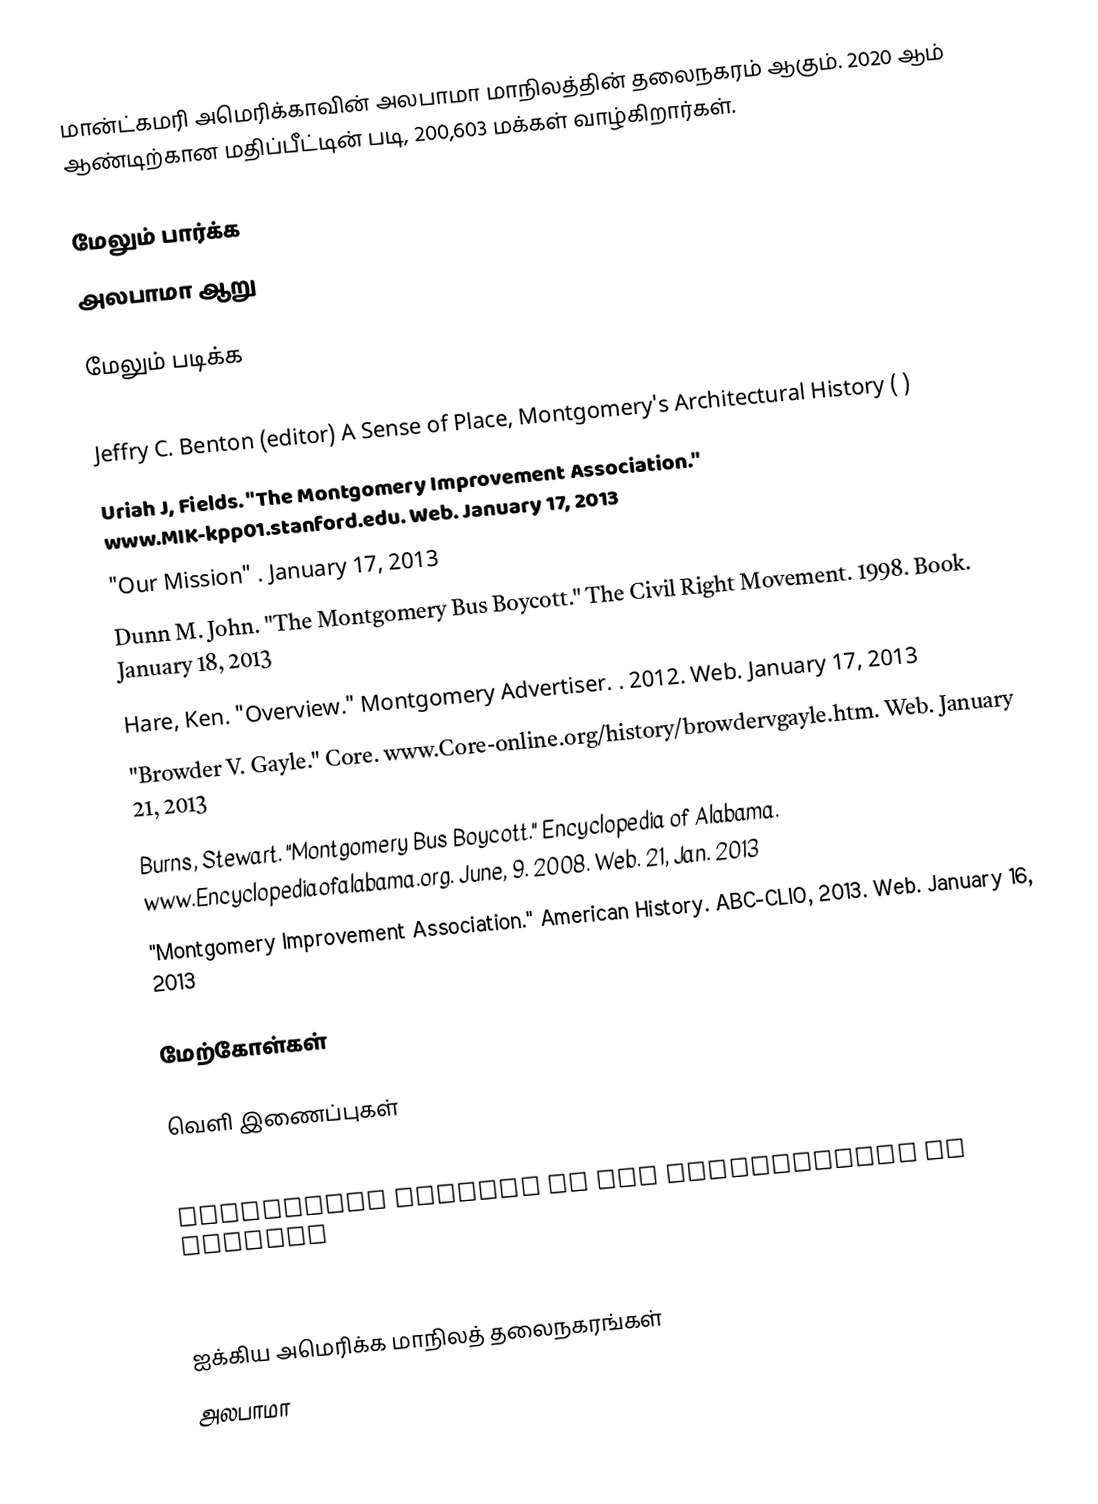
மான்ட்கமரி அமெரிக்காவின் அலபாமா மாநிலத்தின் தலைநகரம் ஆகும். 2020 ஆம் ஆண்டிற்கான மதிப்பீட்டின் படி, 200,603 மக்கள் வாழ்கிறார்கள்.

மேலும் பார்க்க
 அலபாமா ஆறு

மேலும் படிக்க
 L. P. Powell (editor), in Historic Towns of the Southern States, (New York, 1900)
 Jeffry C. Benton (editor) A Sense of Place, Montgomery's Architectural History ( )
 Uriah J, Fields. "The Montgomery Improvement Association." www.MIK-kpp01.stanford.edu. Web. January 17, 2013
 "Our Mission"  . January 17, 2013
 Dunn M. John. "The Montgomery Bus Boycott." The Civil Right Movement. 1998. Book. January 18, 2013
 Hare, Ken. "Overview." Montgomery Advertiser. . 2012. Web. January 17, 2013
 "Browder V. Gayle." Core. www.Core-online.org/history/browdervgayle.htm. Web. January 21, 2013
 Burns, Stewart. "Montgomery Bus Boycott." Encyclopedia of Alabama. www.Encyclopediaofalabama.org. June, 9. 2008. Web. 21, Jan. 2013
 "Montgomery Improvement Association." American History. ABC-CLIO, 2013. Web. January 16, 2013

மேற்கோள்கள்

வெளி இணைப்புகள்

 Montgomery article in the Encyclopedia of Alabama

ஐக்கிய அமெரிக்க மாநிலத் தலைநகரங்கள்
அலபாமா